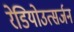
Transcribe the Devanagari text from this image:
रेडियोउत्सर्जन